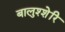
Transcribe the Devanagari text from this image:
बालुश्शेरि